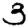
Digit: 3